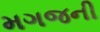
મગજની